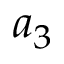
a _ { 3 }